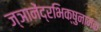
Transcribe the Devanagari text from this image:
ज्ञानेंद्रभिक्षुनामक